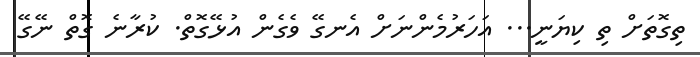
ތިގޮތަށް ތި ކިޔަނީ... އަހަރުމެންނަށް އެނގޭ ވެގެން އުޅޭގޮތް. ކުރާނެ ގޮތް ނޭގޭ